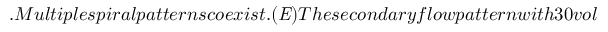
. M u l t i p l e s p i r a l p a t t e r n s c o e x i s t . ( { \it E } ) T h e s e c o n d a r y f l o w p a t t e r n w i t h 3 0 v o l \